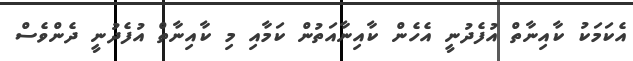
އެކަމަކު ކާއިނާތް އުފެދުނީ އެހެން ކާއިނާއަތުން ކަމާއި މި ކާއިނާތް އުފެދުނީ ދެންވެސް